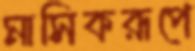
মাসিকরূপে